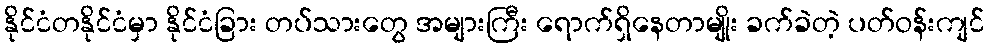
နိုင်ငံတနိုင်ငံမှာ နိုင်ငံခြား တပ်သားတွေ အများကြီး ရောက်ရှိနေတာမျိုး ခက်ခဲတဲ့ ပတ်ဝန်းကျင်